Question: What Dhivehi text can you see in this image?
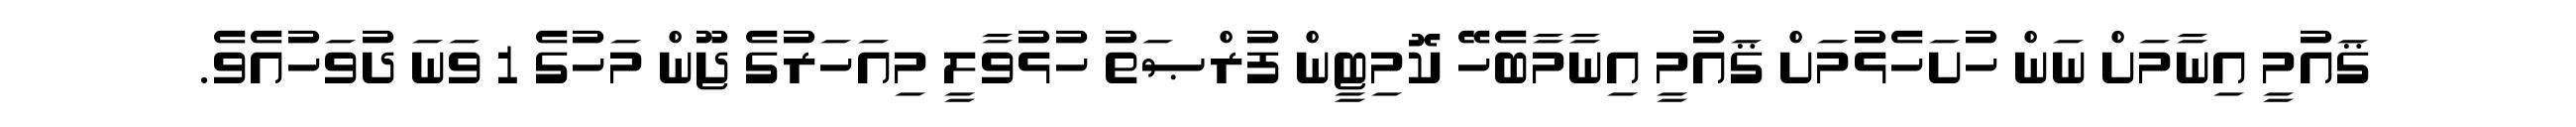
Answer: ޤައުމީ އިނާމަށް ނަން ހުށަހެޅުމަށް ޤައުމީ އިނާމާބެހޭ ކޮމިޓީން ފުރްޞަތު ހުޅުވާލީ މިއަހަރުގެ ޖޫން މަހުގެ 1 ވަނަ ދުވަހުއެވެ.